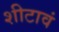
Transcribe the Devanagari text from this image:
शीटावं